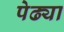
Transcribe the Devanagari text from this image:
पेढ्या